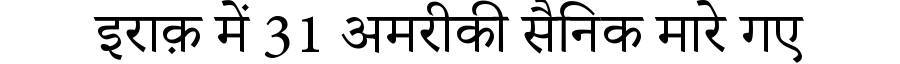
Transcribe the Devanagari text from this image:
इराक़ में 31 अमरीकी सैनिक मारे गए